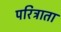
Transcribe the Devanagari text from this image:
परित्राता